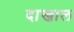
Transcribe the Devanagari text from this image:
दाखाल